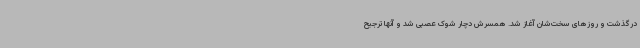
درگذشت و روزهای سخت‌شان آغاز شد. همسرش دچار شوک عصبی شد و آنها ترجیح